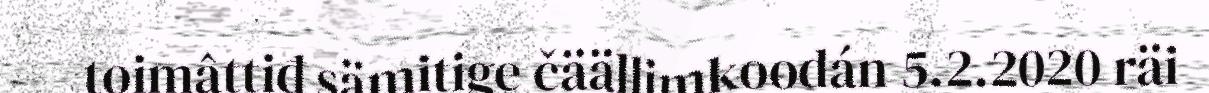
toimâttiđ sämitige čäällimkoodán 5.2.2020 räi